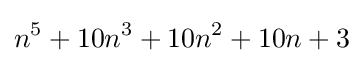
n^{5}+10n^{3}+10n^{2}+10n+3